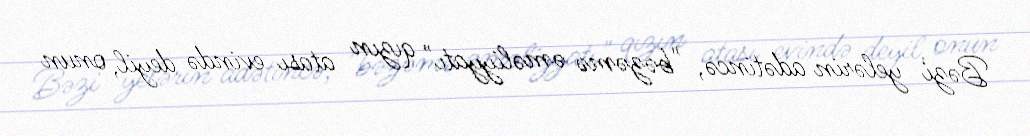
Bəzi yelərin adətincə, "bəzəmə əməliyyatı" qızın atası evində deyil, onun